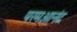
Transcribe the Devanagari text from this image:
परमआनंद